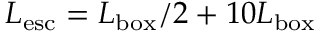
L _ { \mathrm { e s c } } = L _ { \mathrm { b o x } } / 2 + 1 0 L _ { \mathrm { b o x } }